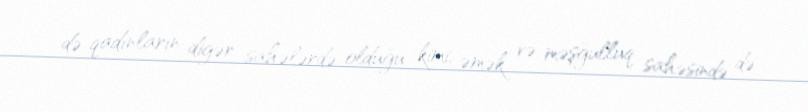
də qadınların digər sahələrdə olduğu kimi, əmək və məşğulluq sahəsində də